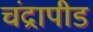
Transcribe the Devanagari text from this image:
चंद्रापीड